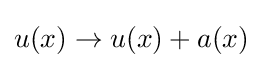
u(x)\to u(x)+a(x)